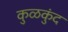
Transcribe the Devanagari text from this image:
कुळकुंद